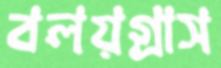
বলয়গ্রাস